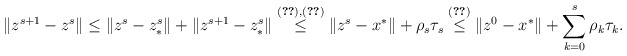
\begin{align*}\|z^{s+1}-z^s\|\leq \|z^s-z^s_*\|+\|z^{s+1}-z_*^s\|\overset{\eqref{c3}, \eqref{ineq}}{\leq} \|z^s-x^*\|+\rho_s\tau_s \overset{\eqref{ppae2}}{\leq} \|z^0-x^*\|+\sum_{k=0}^{s}\rho_k\tau_k.\end{align*}